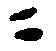
ニ